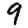
Digit: 9